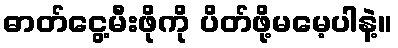
ဓာတ်ငွေ့မီးဖိုကို ပိတ်ဖို့မမေ့ပါနဲ့။